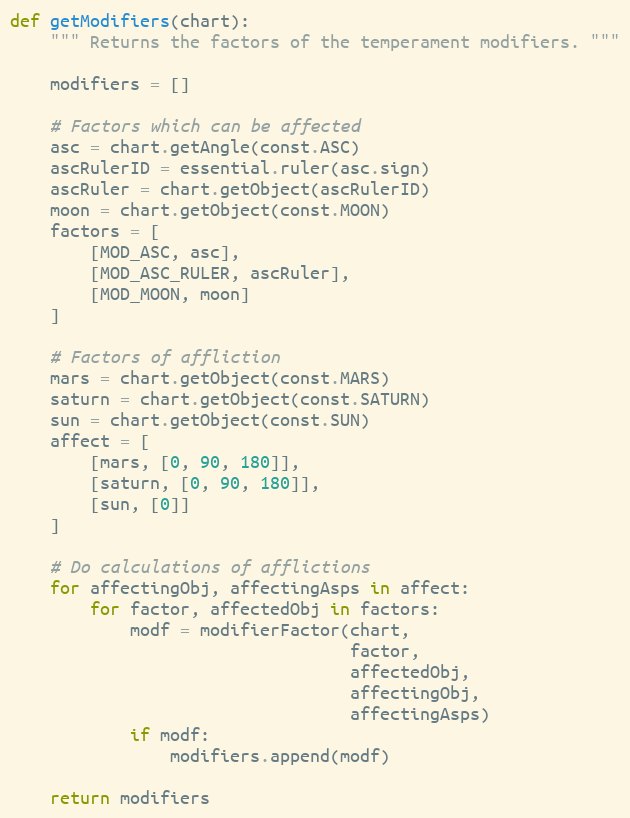
Language: Python
def getModifiers(chart):
    """ Returns the factors of the temperament modifiers. """

    modifiers = []

    # Factors which can be affected
    asc = chart.getAngle(const.ASC)
    ascRulerID = essential.ruler(asc.sign)
    ascRuler = chart.getObject(ascRulerID)
    moon = chart.getObject(const.MOON)
    factors = [
        [MOD_ASC, asc],
        [MOD_ASC_RULER, ascRuler],
        [MOD_MOON, moon]
    ]

    # Factors of affliction
    mars = chart.getObject(const.MARS)
    saturn = chart.getObject(const.SATURN)
    sun = chart.getObject(const.SUN)
    affect = [
        [mars, [0, 90, 180]],
        [saturn, [0, 90, 180]],
        [sun, [0]]
    ]

    # Do calculations of afflictions
    for affectingObj, affectingAsps in affect:
        for factor, affectedObj in factors:
            modf = modifierFactor(chart,
                                  factor,
                                  affectedObj,
                                  affectingObj,
                                  affectingAsps)
            if modf:
                modifiers.append(modf)

    return modifiers